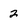
Character: 2